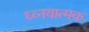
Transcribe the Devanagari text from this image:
ध्व्नयात्मक